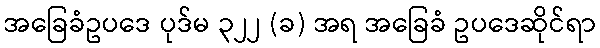
အခြေခံဥပဒေ ပုဒ်မ ၃၂၂ (ခ) အရ အခြေခံ ဥပဒေဆိုင်ရာ